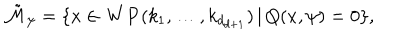
LaTeX: \tilde { { \cal M } } _ { \psi } = \{ x \in { \bf W P } ( k _ { 1 } , \ldots , k _ { d _ { d + 1 } } ) \, | \, Q ( x , \psi ) = 0 \} ,